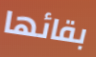
بقائها